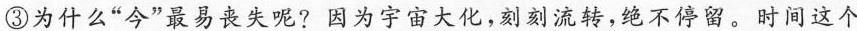
③为什么”今”最易丧失呢? 因为宇宙大化，刻刻流转，绝不停留。时间这个